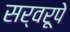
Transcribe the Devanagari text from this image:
सर्वरूपे